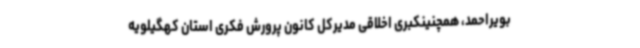
بویراحمد، همچنینکبری اخلاقی مدیرکل کانون پرورش فکری استان کهگیلویه